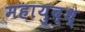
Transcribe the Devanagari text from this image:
महायुद्ध्